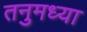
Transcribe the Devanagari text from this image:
तनुमध्या